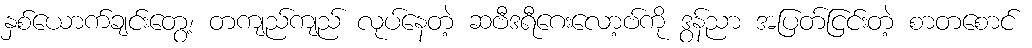
နှစ်ယောက်ချင်းတွေ့၊ တကျည်ကျည် လုပ်နေတဲ့ ဆဗီဒရီဂေးလော့ဗ်ကို ဒွန်ညာ အပြတ်ငြင်းတဲ့ စာတစောင်